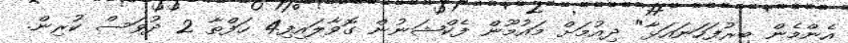
އެންމެން ބިރުފަހަނައަޅާ" ދިއުމަށް މައުމޫން ފެކްޝަނުން ގޮވާލައިފި4 ހަފްތާ 2 ދުވަސް ކުރިން.